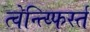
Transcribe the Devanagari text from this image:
त्वेन्त्य्फिर्स्त